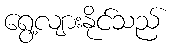
ရွေ့လျားနိုင်သည်